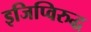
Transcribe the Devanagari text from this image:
इजिप्विरुद्ध